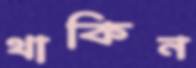
থাকিন